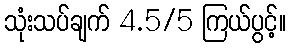
သုံးသပ်ချက် 4.5/5 ကြယ်ပွင့်။